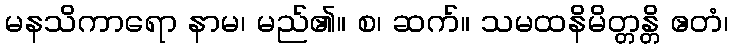
မနသိကာရော နာမ၊ မည်၏။ စ၊ ဆက်။ သမထနိမိတ္တန္တိ ဧတံ၊